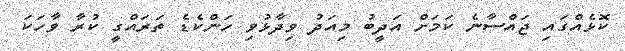
ކޮޅެއްގައި ޖައްސާނެ ކަމަށް އަދީބު މިއަދު ވިދާޅުވި ހަންކެޑެ ތަރައްގީ ކުރާ ވާހަކަ